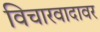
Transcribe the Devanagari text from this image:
विचारवादावर